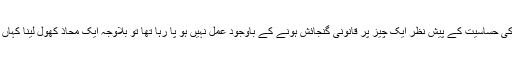
جب عالمی برادری کی حساسیت کے پیش نظر ایک چیز پر قانونی گنجائش ہونے کے باوجود عمل نہیں ہو پا رہا تھا تو بلاوجہ ایک محاذ کھول لینا کہاں کی دانش مندی ہے؟